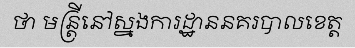
ថា មន្ត្រីនៅស្នងការដ្ឋាននគរបាលខេត្ត